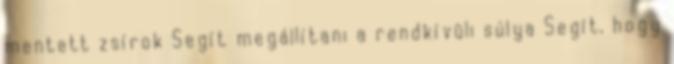
mentett zsírok Segít megállítani a rendkívüli súlya Segít, hogy